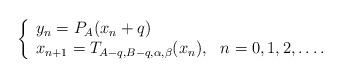
LaTeX: \begin{align*}\left \{\begin{array}{l}y_{n}=P_{A}(x_{n}+q)\\x_{n+1}=T_{A-q,B-q,\alpha,\beta}(x_{n}),~~n=0,1,2,\dots.\end{array}\right.\end{align*}